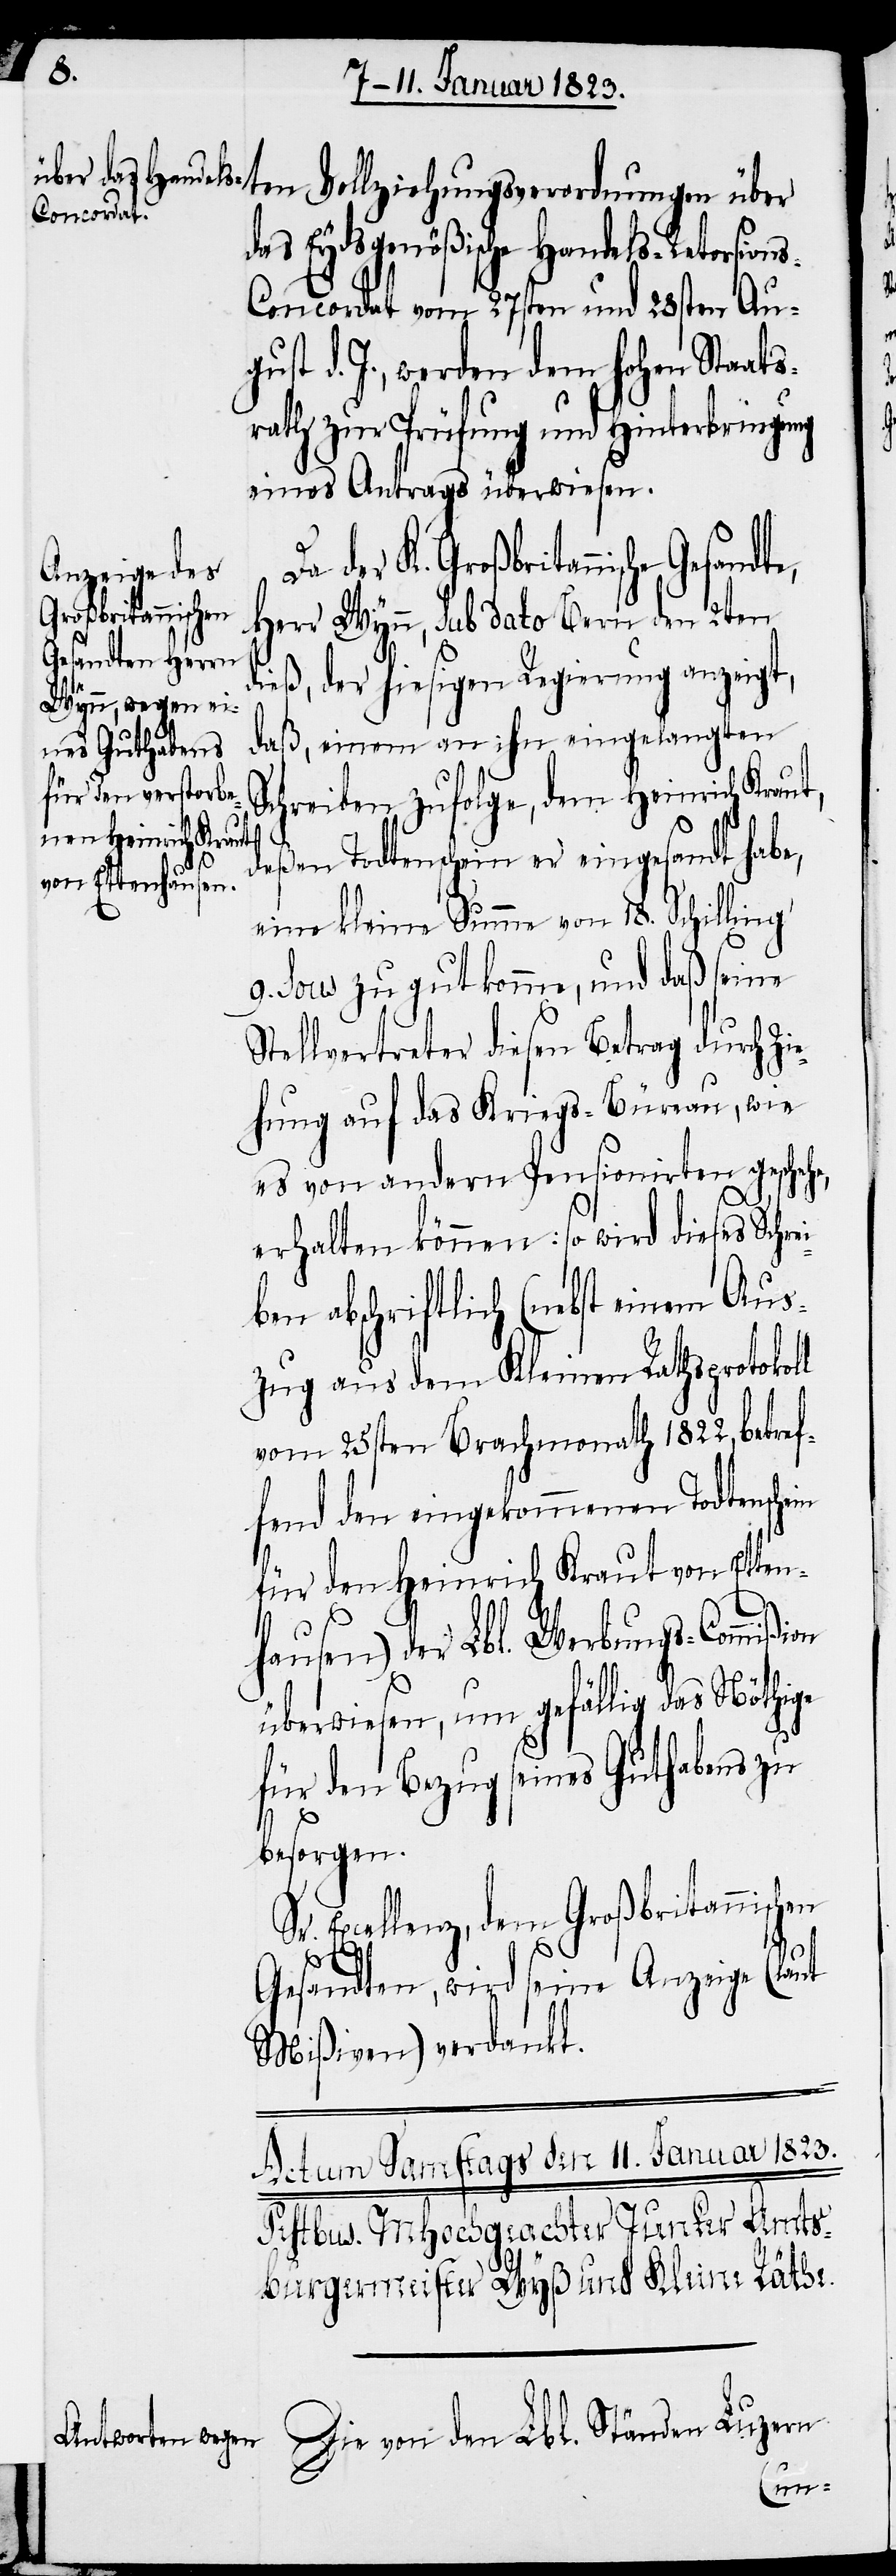
das Eydsgenößische Handels-Retor¬
s-Concordat vom 27sten und 28sten Aug¬
ust d. J., werden dem hohen Staat¬
srath zur Prüfung und Hinterbringung
eines Antrags überwiesen.
Sr. Excellenz, dem
Großbritannischen
Herr Wynn, sub dato Bern den 2ten
dieß, der hiesigen Regierung anzeigt,
daß, einem an ihn eingelangten
Schreiben zufolge, dem Heinrich Krau¬
deßen Todtenschein er eingesandt habe,
e,
eine kleine Summe von 18. Schilling
9. Sous zu gut komme, und daß seine
Stellvertreter diesen Betrag durch Zie¬
hung auf das Kriegs-Büreau, wie
es von andern Pensionirten gescheh¬
erhalten können: so wird dieses Sch¬
ben abschriftlich (nebst einem Aus¬
zug aus dem Kleinen Rathsprotokoll
vom 25sten Brachmonath 1822, betref¬
fend den eingekommenen Todtenschein
für den Heinrich Kraut von Etten¬
hausen) der Lbl. Werbungs-Commiß¬
überwiesen, um gefällig das Nöthige
für den Bezug seines Guthabens zu
besorgen.
ion
Gesandten, wird seine Anzeige (laut
Mißiven) verdankt.
Die von den Lbl. Ständen Luzern
sion¬